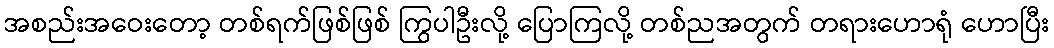
အစည်းအဝေးတော့ တစ်ရက်ဖြစ်ဖြစ် ကြွပါဦးလို့ ပြောကြလို့ တစ်ညအတွက် တရားဟောရုံ ဟောပြီး